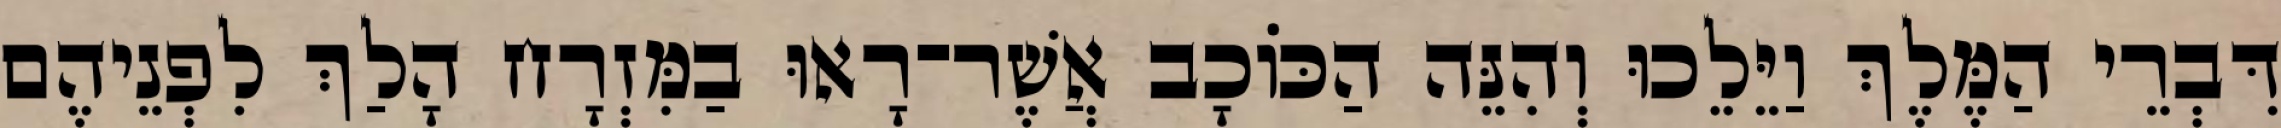
דִּבְרֵי הַמֶּלֶךְ וַיֵּלֵכוּ וְהִנֵּה הַכּוֹכָב אֲשֶׁר־רָאוּ בַמִּזְרָח הָלַךְ לִפְנֵיהֶם